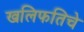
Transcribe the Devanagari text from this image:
खलिफतिचे